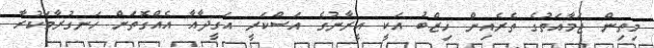
މިތިން ޖަމާއަތުގެ ތެރެއިން ހިޒްބު އަކީ އީރާނުގެ އަސްކަރީ އަގީދާއާ އެއްގޮތަށް ހަނގުރާމަކުރާ